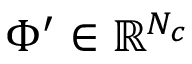
\Phi ^ { \prime } \in \mathbb { R } ^ { N _ { c } }